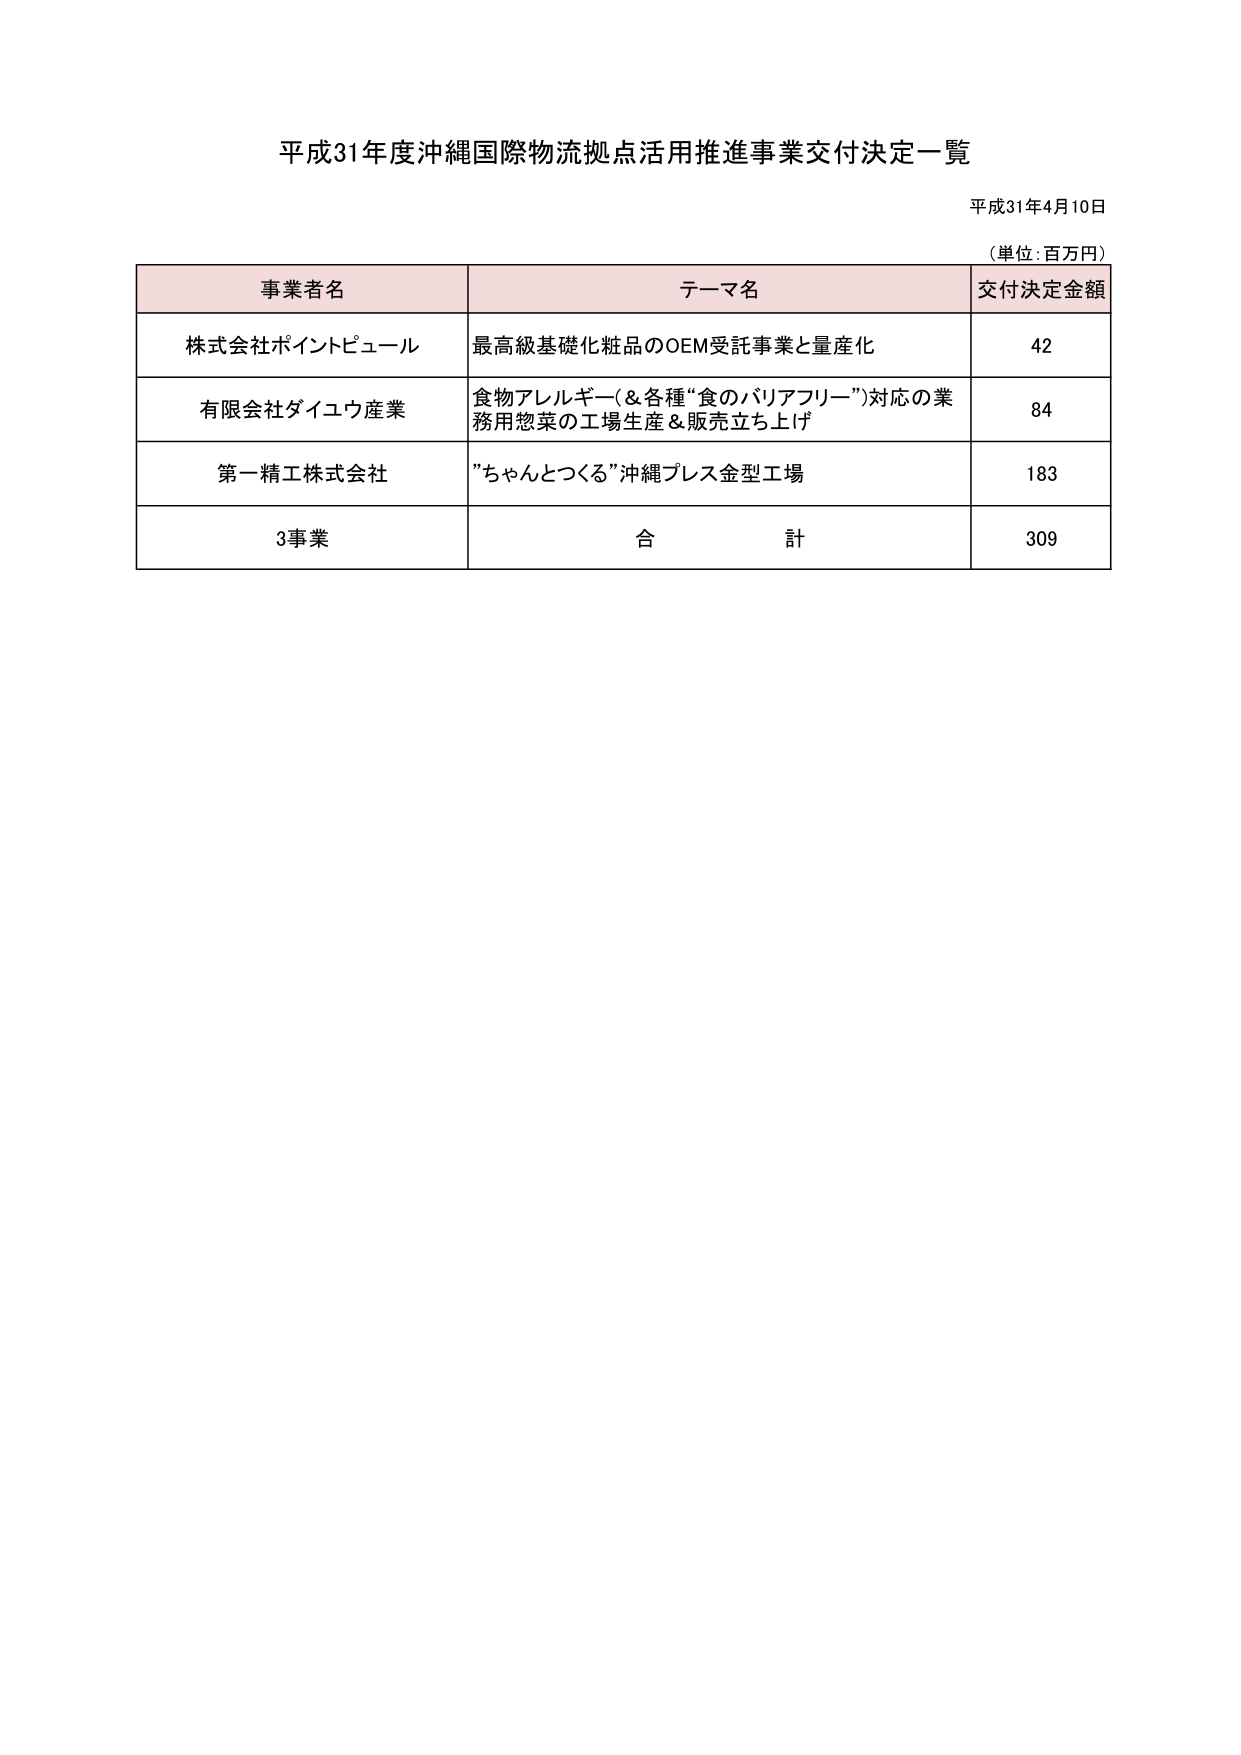
平成31年度沖縄国際物流拠点活用推進事業交付決定一覧

平成31年4月10日

（単位：百万円）

事業者名 テーマ名 交付決定金額

株式会社ポイントピュール 最高級基礎化粧品のOEM受託事業と量産化 42

有限会社ダイユウ産業 食物アレルギー（＆各種“食のバリアフリー”）対応の業務用惣菜の工場生産＆販売立ち上げ 84

第一精工株式会社 “ちゃんとつくる”沖縄プレス金型工場 183

3事業 合計 309